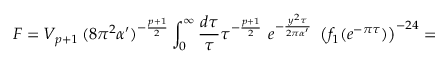
F = V _ { p + 1 } \, ( 8 \pi ^ { 2 } \alpha ^ { \prime } ) ^ { - \frac { p + 1 } { 2 } } \int _ { 0 } ^ { \infty } \frac { d \tau } { \tau } \tau ^ { - \frac { p + 1 } { 2 } } ~ e ^ { - \frac { y ^ { 2 } \tau } { 2 \pi \alpha ^ { \prime } } } ~ \left( f _ { 1 } ( e ^ { - \pi \tau } ) \right) ^ { - 2 4 } =